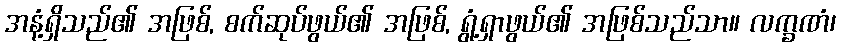
အနံ့ရှိသည်၏ အဖြစ်, စက်ဆုပ်ဖွယ်၏ အဖြစ်, ရွံ့ရှာဖွယ်၏ အဖြစ်သည်သာ။ လက္ခဏံ၊